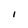
Character: 1